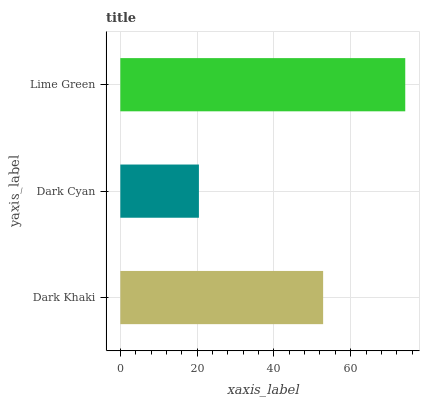
| yaxis_label | bars |
 | --- | --- |
 | Dark Khaki | 52.8 |
 | Dark Cyan | 20.5 |
 | Lime Green | 74.2 |